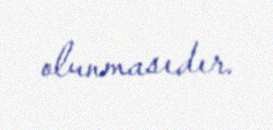
olunmasıdır.